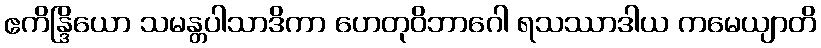
ဧကိန္ဒြိယော သမန္တပါသာဒိကာ ဟေတုဝိဘာဂေါ ရသဿာဒါယ ကမေယျာတိ